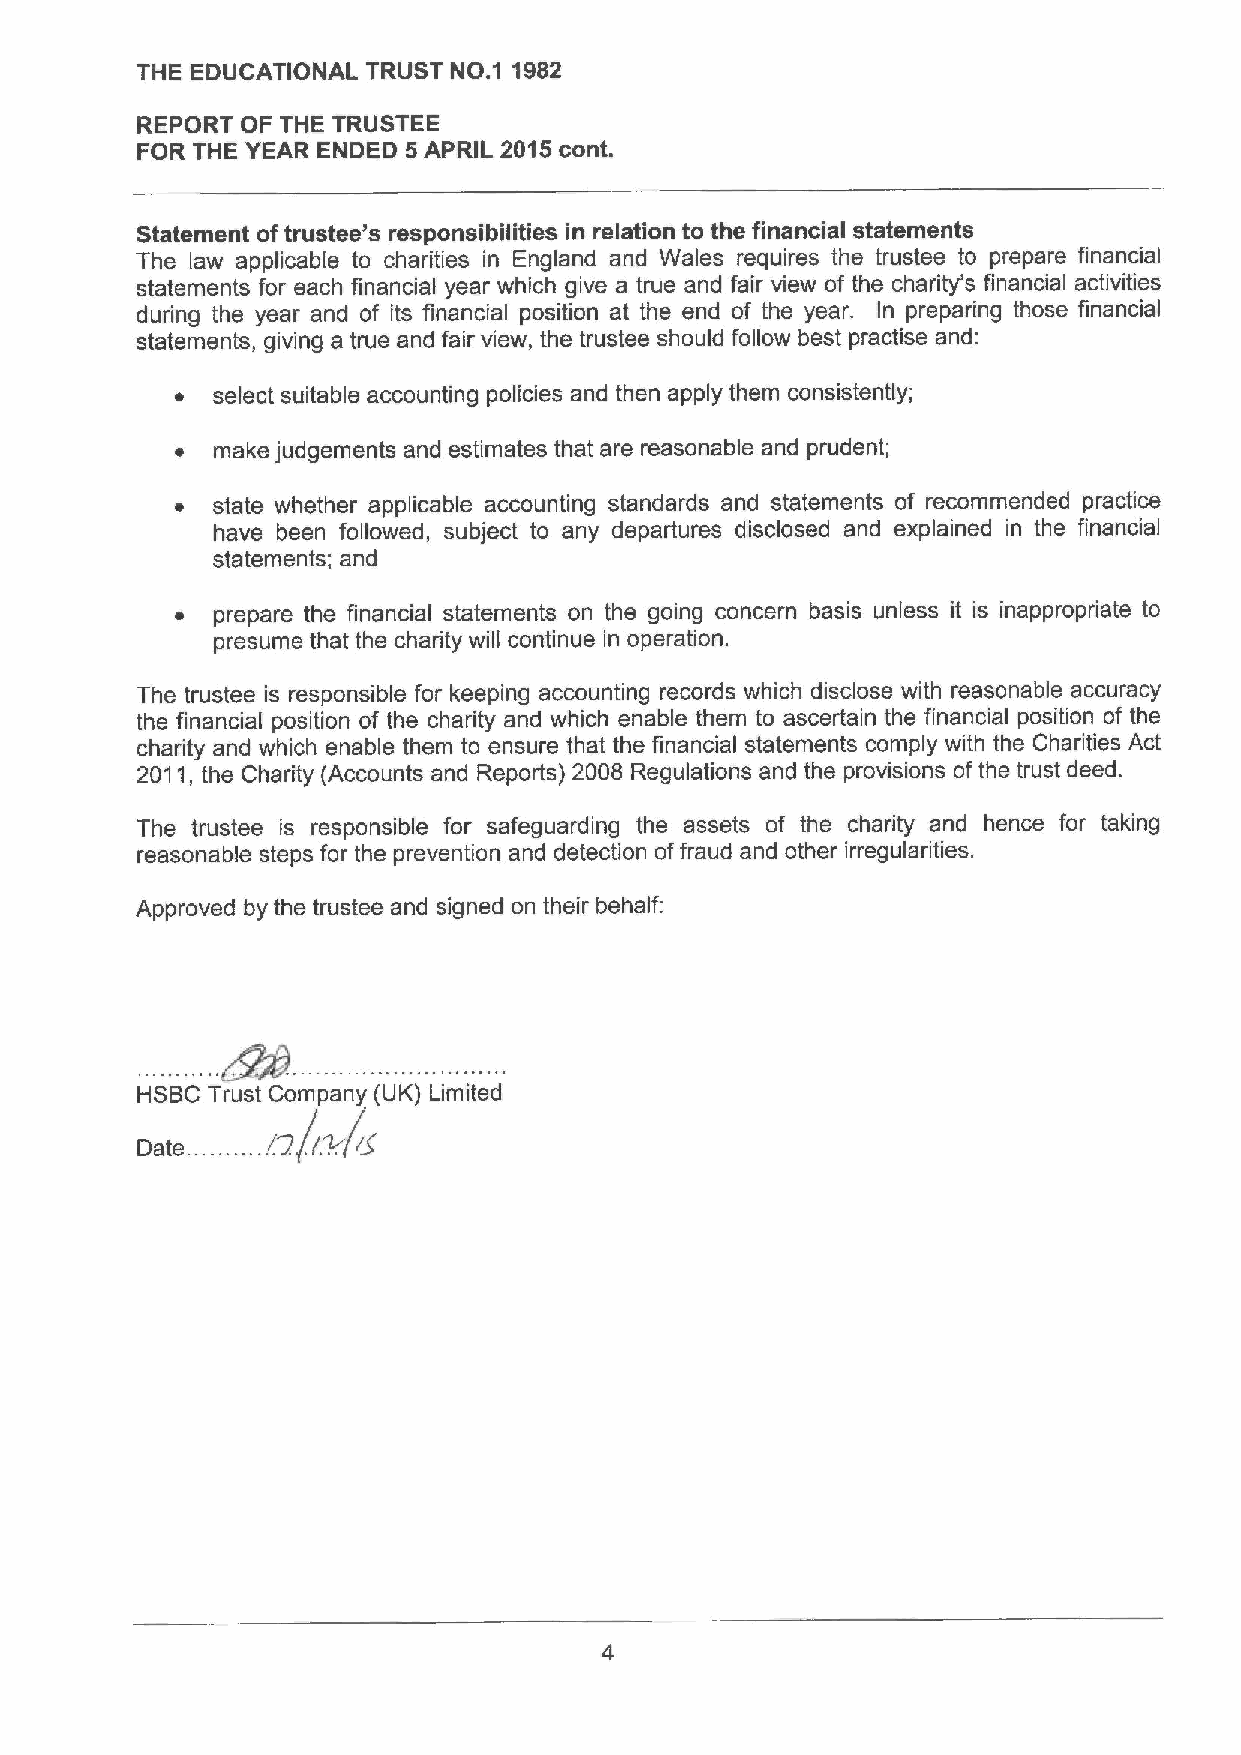
THE EDUCATIONAL TRUST NO.1 1982
 REPORT OF THE TRUSTEE
 FOR THE YEAR ENDED 5APRIL 2015cont.
 Statement oftrustee's responsibilities in relation to the financial statements
 The law applicable to charities in England and Wales requires the trustee to prepare financial
 statements for each financial year which give a true and fair view of the charity's financial activities
 during the year and of its financial position at the end of the year. In preparing those financial
 statements, giving a true and fair view, the trustee should follow best practise and:
 ~ select suitable accounting policies and then apply them consistently;
 ~ make judgements and estimates that are reasonable and prudent;
 ~ state whether applicable accounting standards and statements of recommended practice
 have been followed, subject to any departures disclosed and explained in the financial
 statements; and
 ~ prepare the financial statements on the going concern basis unless it is inappropriate to
 presume that the charity will continue in operation.
 The trustee is responsible for keeping accounting records which disclose with reasonable accuracy
 the financial position of the charity and which enable them to ascertain the financial position of the
 charity and which enable them to ensure that the financial statements comply with the Charities Act
 2011,the Charity (Accounts and Reports) 2008 Regulations and the provisions ofthe trust deed.
 The trustee is responsible for safeguarding the assets of the charity and hence for taking
 reasonable steps for the prevention and detection offraud and other irregularities.
 Approved by the trustee and signed on their behalf:
 HSBC Trust Company (UK) Limited
 i2. ~
 Date. .......... r'. iS